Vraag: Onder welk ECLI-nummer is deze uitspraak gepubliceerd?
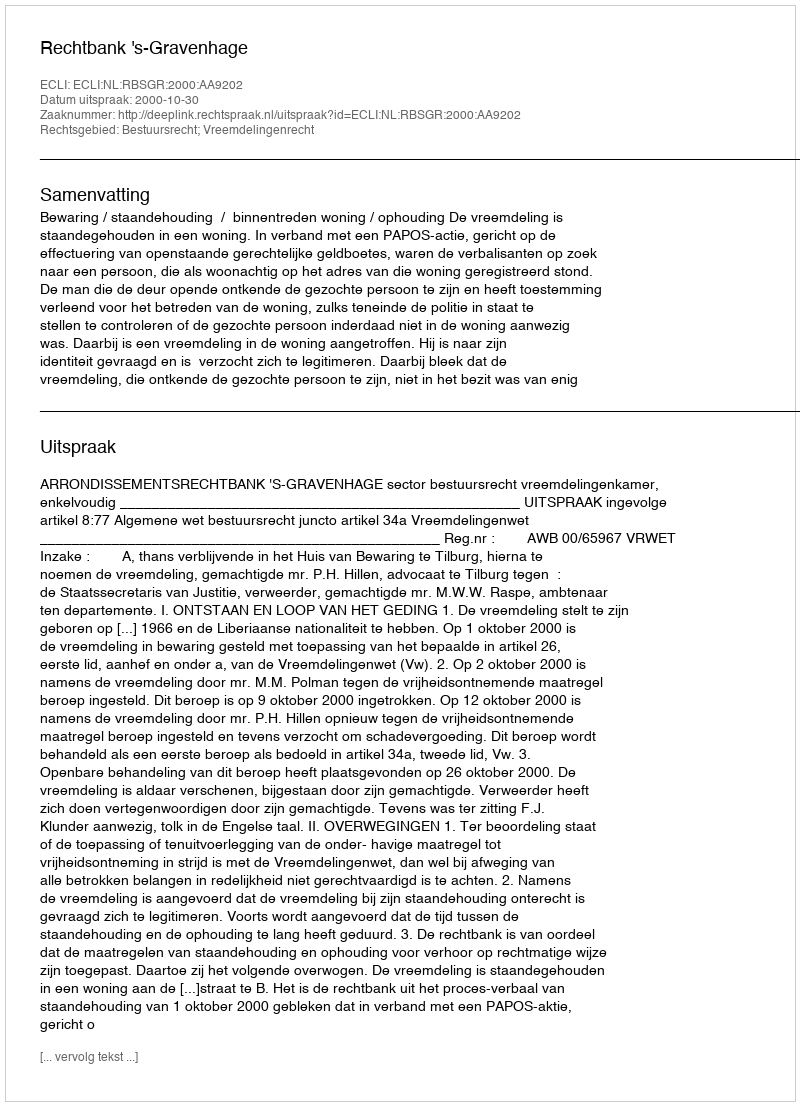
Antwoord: ECLI:NL:RBSGR:2000:AA9202